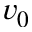
v _ { 0 }